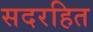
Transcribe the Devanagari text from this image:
सदरहित